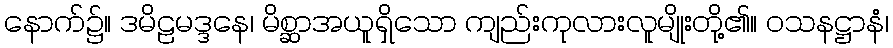
နောက်၌။ ဒမိဠမဒ္ဒနေ၊ မိစ္ဆာအယူရှိသော ကျည်းကုလားလူမျိုးတို့၏။ ဝသနဋ္ဌာနံ၊